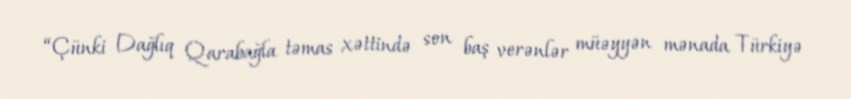
“Çünki Dağlıq Qarabağla təmas xəttində son baş verənlər müəyyən mənada Türkiyə